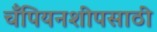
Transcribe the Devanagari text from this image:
चँपियनशीपसाठी